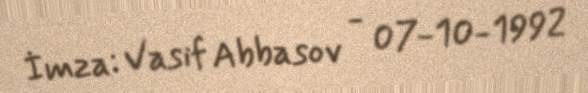
İmza: Vasif Abbasov - 07-10-1992